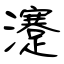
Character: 瀽